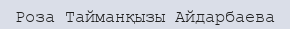
Роза Тайманқызы Айдарбаева